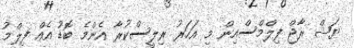
ޔަޝް ރާޖް ފިލްމްސްއިން މި އަހަރު ރިލީސްކުރާ އެންމެ ބޮޑު އެއް ފިލްމު